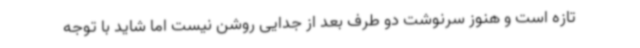
تازه است و هنوز سرنوشت دو طرف بعد از جدایی روشن نیست اما شاید با توجه